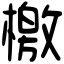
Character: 檄